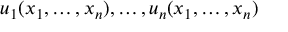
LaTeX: u _ { 1 } ( x _ { 1 } , \dots , x _ { n } ) , \dots , u _ { n } ( x _ { 1 } , \dots , x _ { n } )